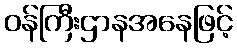
ဝန်ကြီးဌာနအနေဖြင့်